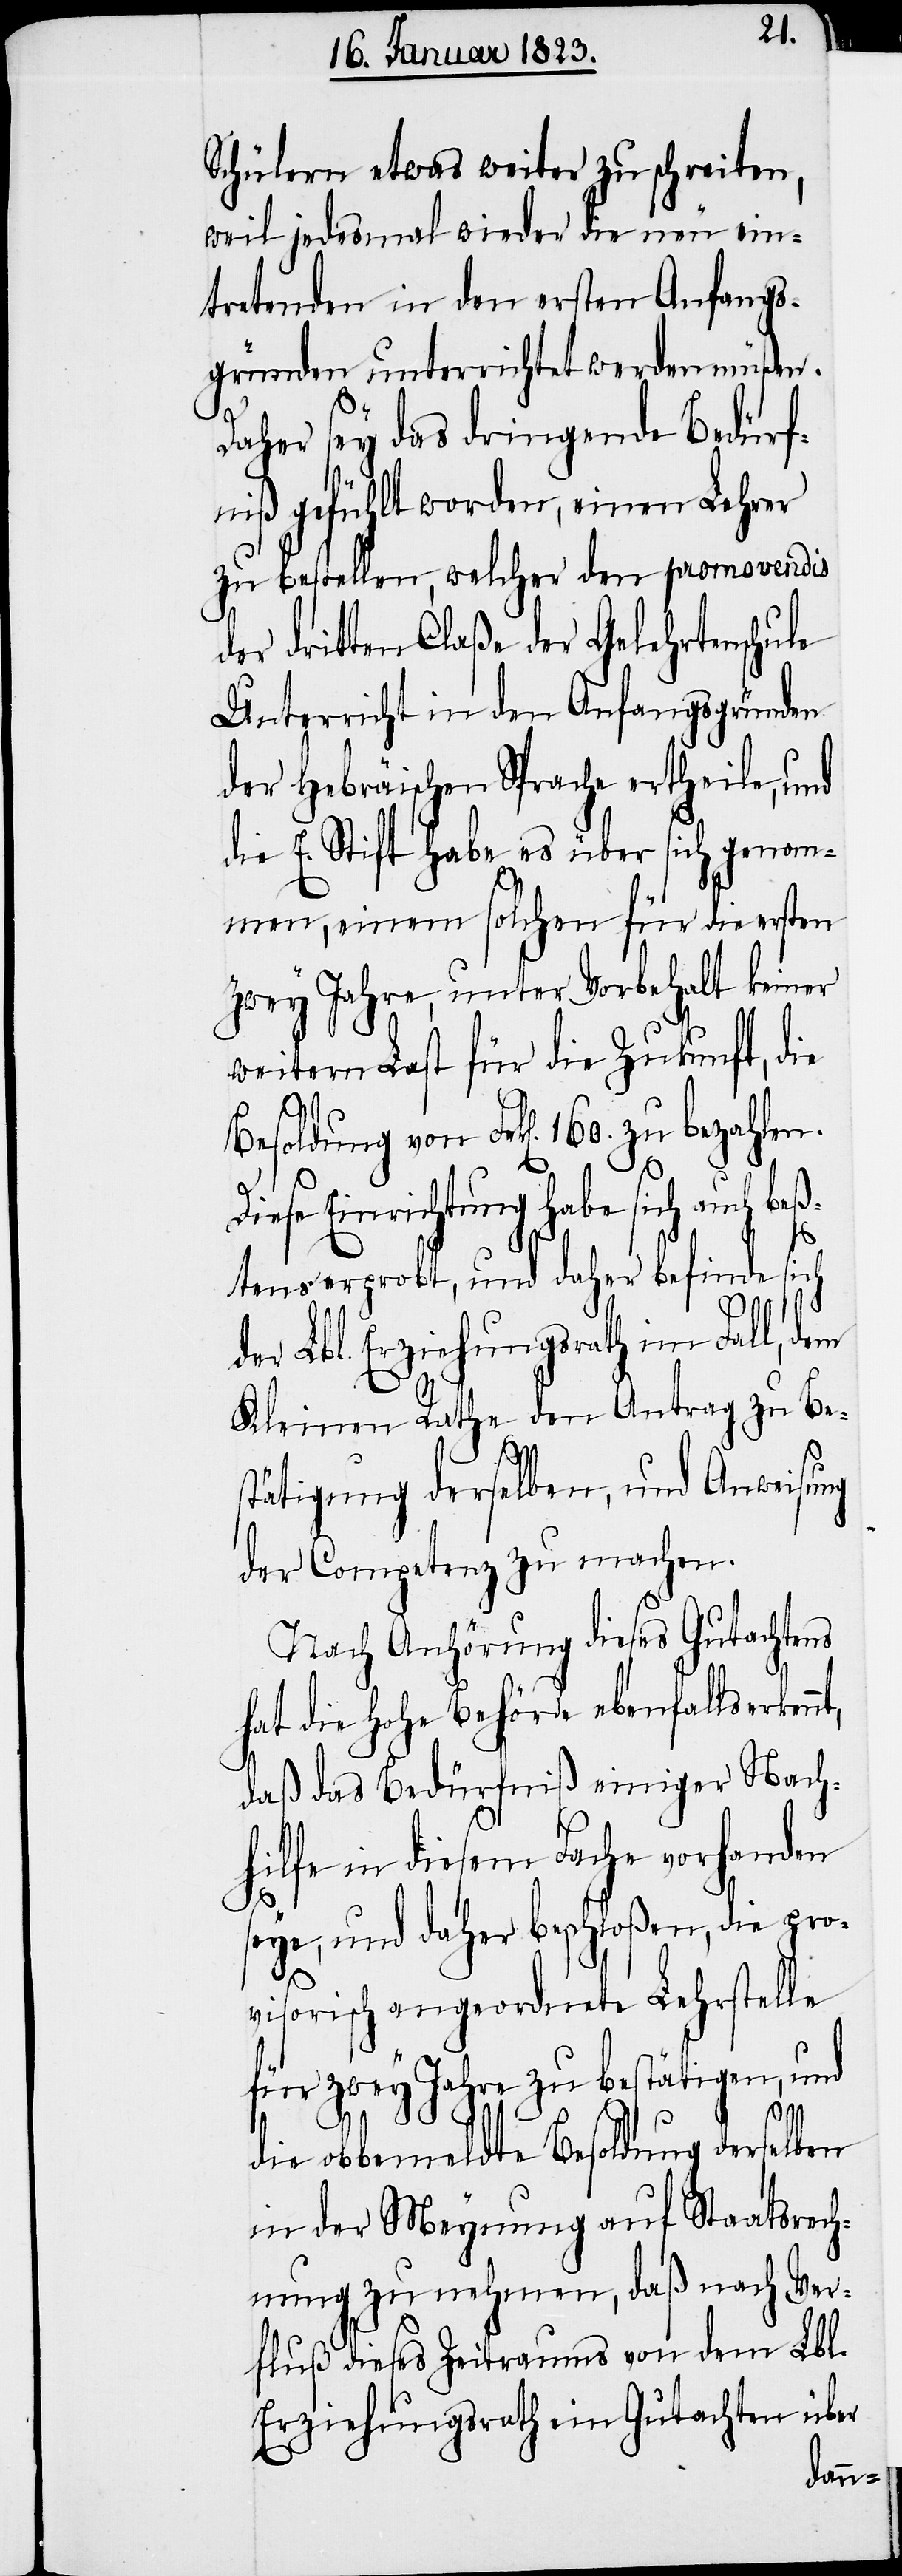
Schülern etwas weiter zu schreiten,
weil jedesmal wieder die neu ein¬
tretenden in den ersten Anfangs¬
gründen unterrichtet werden müßen.
Daher sey das dringende Bedürf¬
niß gefühlt worden, einen Lehrer
zu bestellen, welcher den promovendis
der dritten Claße der Gelehrtenschule
Unterricht in den Anfangsgründen
der Hebräischen Sprache ertheile, und
die E. Stift habe es über sich genom¬
men, einem solchen für die ersten
zwey Jahre, unter Vorbehalt keiner
weitern Last für die Zukunft, die
Diese Einrichtung habe sich auch be¬
ßtens erprobt, und daher befinde sich
der Lbl. Erziehungsrath im Fall, dem
Kleinen Rathe den Antrag zu Be¬
160.
stätigung derselben, und Anweisung
der Competenz zu machen.
Nach Anhörung dieses Gutachtens
hat die Hohe Behörde ebenfalls erken¬
daß das Bedürfniß einiger Nach¬
hilfe in diesem Fache vorhanden
seye, und daher beschloßen, die pro¬
visorisch angeordnete Lehrstelle
für zwey Jahre zu bestätigen, und
die obbemeldte Besoldung derselben
in der Meynung auf Staatsrech¬
nung zu nehmen, daß nach Ver¬
fluß dieses Zeitraums von dem Lbl.
Erziehungsrath ein Gutachten über

nt,